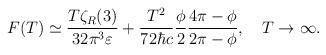
LaTeX: \begin{align*}F(T)\simeq \frac{T\zeta_R(3)}{32 \pi^3 \varepsilon}+\frac{T^2}{72\hbar c} \frac{\phi}{2}\frac{4\pi -\phi}{2\pi -\phi}, \quad T\to\infty {.}\end{align*}